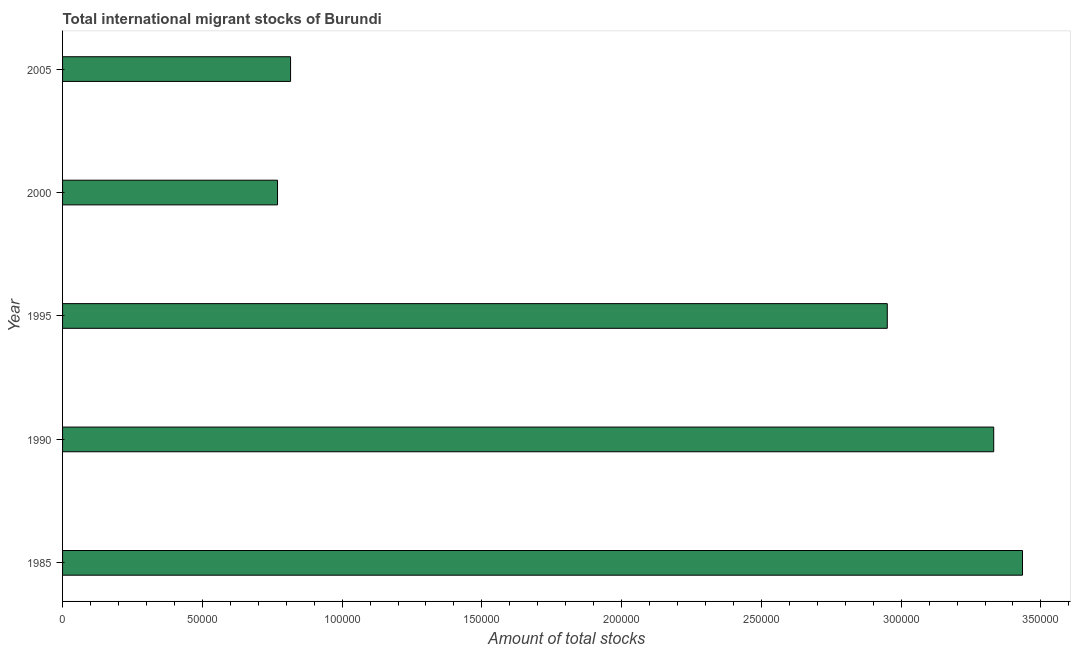
| Year | International migrant stock |
 | --- | --- |
 | 1985 | 3.43e+05 |
 | 1990 | 3.33e+05 |
 | 1995 | 2.95e+05 |
 | 2000 | 7.69e+04 |
 | 2005 | 8.16e+04 |